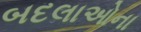
બદલાઓના